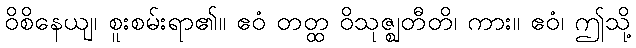
ဝိစိနေယျ၊ စူးစမ်းရာ၏။ ဧဝံ တတ္ထ ဝိသုဇ္ဈတီတိ၊ ကား။ ဧဝံ၊ ဤသို့